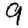
Digit: 9